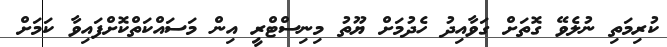
ކުރިމަތި ނުލެވޭ ގޮތަށް ގަވާއިދު ހެދުމަށް ޔޫތު މިނިސްޓްރީ އިން މަސައްކަތްކޮށްފައިވާ ކަމަށް